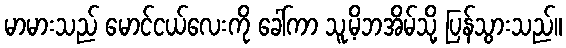
မာမားသည် မောင်ငယ်လေးကို ခေါ်ကာ သူ့မိဘအိမ်သို့ ပြန်သွားသည်။